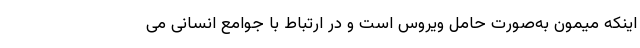
اینکه میمون به‌صورت حامل ویروس است و در ارتباط با جوامع انسانی می